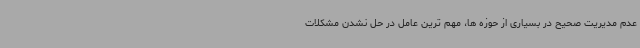
عدم مدیریت صحیح در بسیاری از حوزه ها، مهم ترین عامل در حل نشدن مشکلات